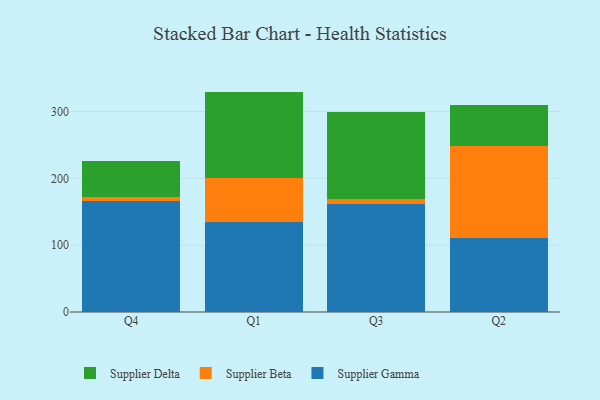
{"axis": {"x": "Quarter", "y": "Page Views"}, "legend": ["Supplier Beta", "Supplier Delta", "Supplier Gamma"], "data": [{"x": "Q4", "y": 166.5, "type": "Supplier Gamma"}, {"x": "Q4", "y": 5.8, "type": "Supplier Beta"}, {"x": "Q4", "y": 54.0, "type": "Supplier Delta"}, {"x": "Q1", "y": 135.1, "type": "Supplier Gamma"}, {"x": "Q1", "y": 65.6, "type": "Supplier Beta"}, {"x": "Q1", "y": 129.1, "type": "Supplier Delta"}, {"x": "Q3", "y": 161.3, "type": "Supplier Gamma"}, {"x": "Q3", "y": 7.8, "type": "Supplier Beta"}, {"x": "Q3", "y": 130.4, "type": "Supplier Delta"}, {"x": "Q2", "y": 110.5, "type": "Supplier Gamma"}, {"x": "Q2", "y": 138.3, "type": "Supplier Beta"}, {"x": "Q2", "y": 60.3, "type": "Supplier Delta"}]}